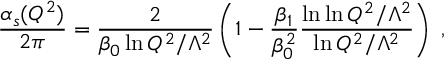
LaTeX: \frac { \alpha _ { s } ( Q ^ { 2 } ) } { 2 \pi } = \frac { 2 } { \beta _ { 0 } \ln Q ^ { 2 } / \Lambda ^ { 2 } } \left( 1 - \frac { \beta _ { 1 } } { \beta _ { 0 } ^ { 2 } } \frac { \ln \ln Q ^ { 2 } / \Lambda ^ { 2 } } { \ln Q ^ { 2 } / \Lambda ^ { 2 } } \right) \; ,